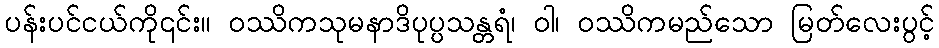
ပန်းပင်ငယ်ကို၎င်း။ ဝဿိကသုမနာဒိပုပ္ပသန္တရံ၊ ဝါ၊ ဝဿိကမည်သော မြတ်လေးပွင့်